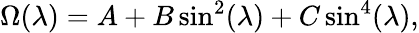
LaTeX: \Omega(\lambda)=A+B\sin^{2}(\lambda)+C\sin^{4}(\lambda),